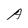
Character: A